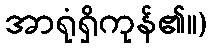
အာရုံရှိကုန်၏။)